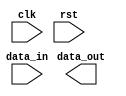
module IO_Block_Highspeed_Buffer (
    input wire clk,
    input wire rst,
    input wire data_in,
    output wire data_out
);

// High-speed buffer logic here

endmodule